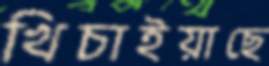
খিচাইয়াছে